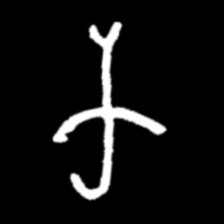
Pyu character \u2014 Myanmar letter: က (romanized: ka)